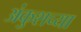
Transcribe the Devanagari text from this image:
अंकुशच्या